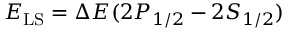
E _ { \mathrm { L S } } = \Delta E ( 2 P _ { 1 / 2 } - 2 S _ { 1 / 2 } )